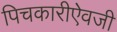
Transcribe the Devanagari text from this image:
पिचकारीऐवजी